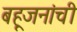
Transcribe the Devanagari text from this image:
बहूजनांची